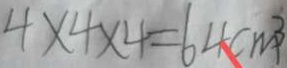
4 \times 4 \times 4 = 6 4 c m ^ { 3 }